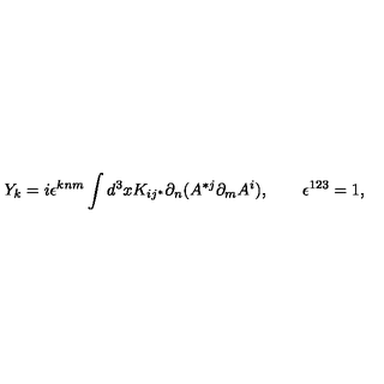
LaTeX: Y _ { k } = i \epsilon ^ { k n m } \int d ^ { 3 } x K _ { i j ^ { * } } \partial _ { n } ( A ^ { * j } \partial _ { m } A ^ { i } ) , \qquad \epsilon ^ { 1 2 3 } = 1 ,